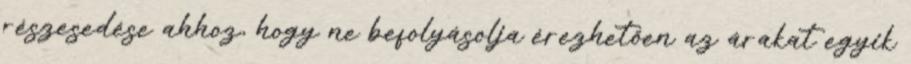
részesedése ahhoz, hogy ne befolyásolja érezhetően az árakat egyik